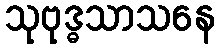
သုဗုဒ္ဓသာသနေ